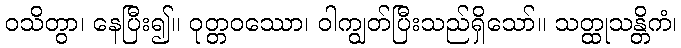
ဝသိတွာ၊ နေပြီး၍။ ဝုတ္တဝဿော၊ ဝါကျွတ်ပြီးသည်ရှိသော်။ သတ္ထုသန္တိကံ၊